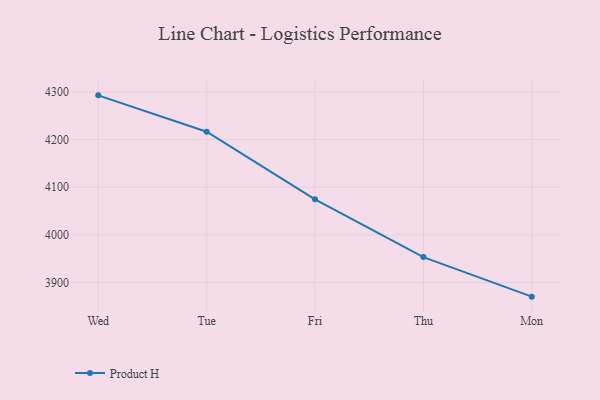
{"axis": {"x": "Day", "y": "Production Output"}, "legend": ["Product H"], "data": [{"x": "Wed", "y": 4292.7, "type": "Product H"}, {"x": "Tue", "y": 4216.4, "type": "Product H"}, {"x": "Fri", "y": 4074.5, "type": "Product H"}, {"x": "Thu", "y": 3953.4, "type": "Product H"}, {"x": "Mon", "y": 3870.4, "type": "Product H"}]}